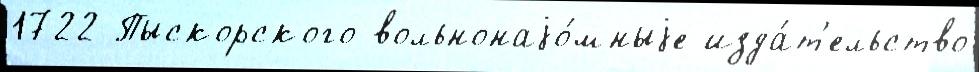
1722 Пыскорского вольнонаjо́мныjе изда́т'ельство